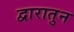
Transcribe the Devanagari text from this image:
द्वारातुन